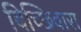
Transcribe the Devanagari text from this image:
बिच्छिवारा